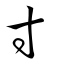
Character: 寸